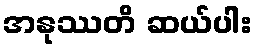
အနုဿတိ ဆယ်ပါး